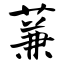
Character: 蒹